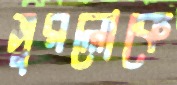
সুরলোকে